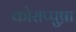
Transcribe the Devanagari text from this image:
कोराप्पुष़ा